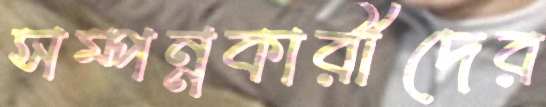
সম্পন্নকারীদের